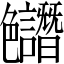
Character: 𱽊